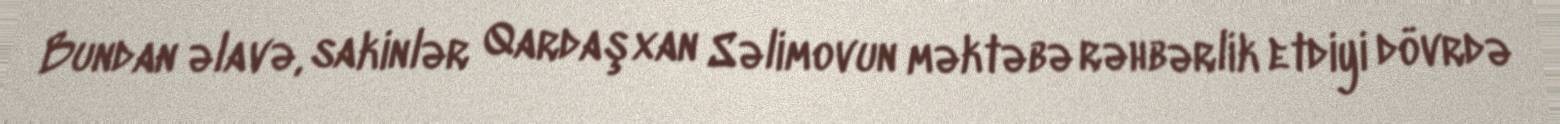
Bundan əlavə, sakinlər Qardaşxan Səlimovun məktəbə rəhbərlik etdiyi dövrdə